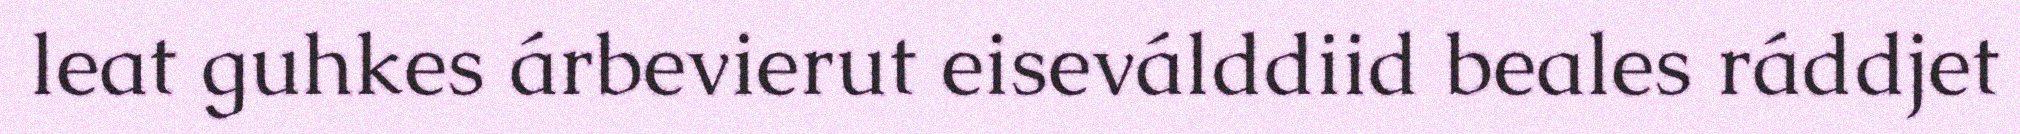
leat guhkes árbevierut eiseválddiid beales ráddjet